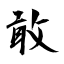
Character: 敢